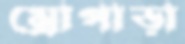
ম্রোপাড়া